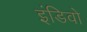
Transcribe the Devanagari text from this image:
इंडिवो